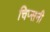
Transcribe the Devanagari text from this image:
चिप्सनी